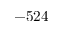
- 5 2 4